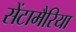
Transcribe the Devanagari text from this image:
सेंटामैरिया